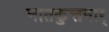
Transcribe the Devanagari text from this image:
नातकुत्तनार्